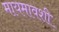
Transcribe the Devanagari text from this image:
मायमावशी